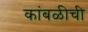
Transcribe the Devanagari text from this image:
कांबळीची